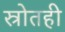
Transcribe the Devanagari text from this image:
स्रोतही